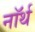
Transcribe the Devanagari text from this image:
नाॅर्थ